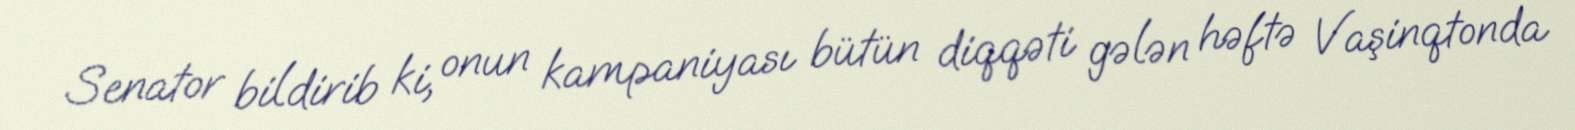
Senator bildirib ki, onun kampaniyası bütün diqqəti gələn həftə Vaşinqtonda